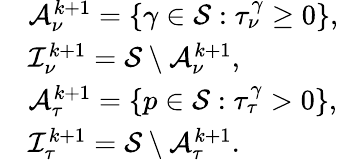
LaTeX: \begin{array}{rl}&{{\cal A}_{\nu}^{k+1}=\{ \gamma\in{\cal S}:\tau_{\nu}^{\gamma}\geq 0\} ,}\\ &{{\cal I}_{\nu}^{k+1}={\cal S}\setminus{\cal A}_{\nu}^{k+1},}\\ &{{\cal A}_{\tau}^{k+1}=\{ p\in{\cal S}:\tau_{\tau}^{\gamma}>0\} ,}\\ &{{\cal I}_{\tau}^{k+1}={\cal S}\setminus{\cal A}_{\tau}^{k+1}.}\end{array}